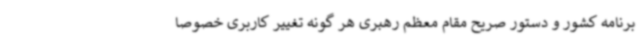
برنامه کشور و دستور صریح مقام معظم رهبری هر گونه تغییر کاربری خصوصا